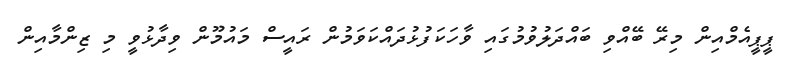
ޕީޕީއެމްއިން މިރޭ ބޭއްވި ބައްދަލުވުމުގައި ވާހަކަފުޅުދައްކަވަމުން ރައީސް މައުމޫން ވިދާޅުވީ މި ޒިންމާއިން